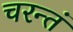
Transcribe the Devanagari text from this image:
चरन्तं